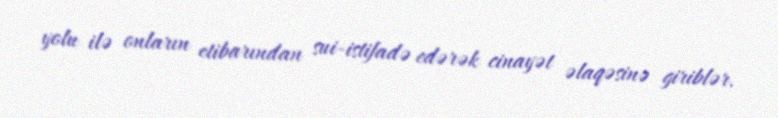
yolu ilə onların etibarından sui-istifadə edərək cinayət əlaqəsinə giriblər.